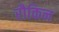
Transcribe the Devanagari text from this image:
रौकिन